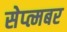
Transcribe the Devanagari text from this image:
सेप्त्मबर